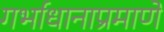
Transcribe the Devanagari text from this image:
गर्भाधानाप्रमाणे